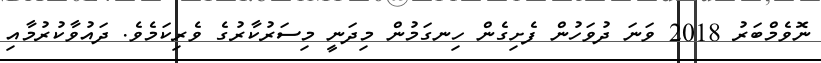
ނޮވެމްބަރު 2018 ވަނަ ދުވަހުން ފެށިގެން ހިނގަމުން މިދަނީ މިސަރުކާރުގެ ވެރިކަމެވެ. ދައުވާކުރުމާއި